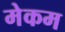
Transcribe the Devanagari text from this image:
मेकम